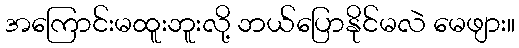
အကြောင်းမထူးဘူးလို့ ဘယ်ပြောနိုင်မလဲ မေဖျား။